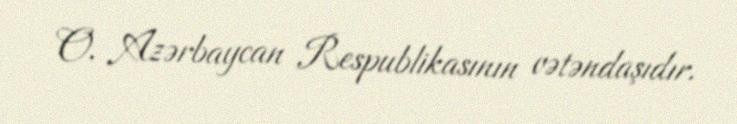
O, Azərbaycan Respublikasının vətəndaşıdır.